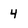
Character: 4